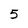
Character: 5